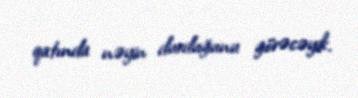
qatında nəyin durduğunu görəcəyik.